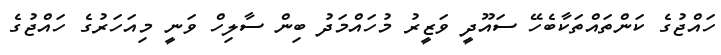
ހައްޖުގެ ކަންތައްތަކާބެހޭ ސައޫދީ ވަޒީރު މުހައްމަދު ބިން ސާލިހް ވަނީ މިއަހަރުގެ ހައްޖުގެ